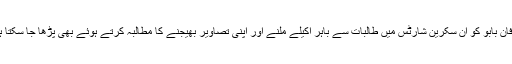
عرفان بابو کو ان سکرین شارٹس میں طالبات سے باہر اکیلے ملنے اور اپنی تصاویر بھیجنے کا مطالبہ کرتے ہوئے بھی پڑھا جا سکتا ہے۔